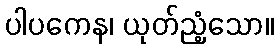
ပါပကေန၊ ယုတ်ညံ့သော။